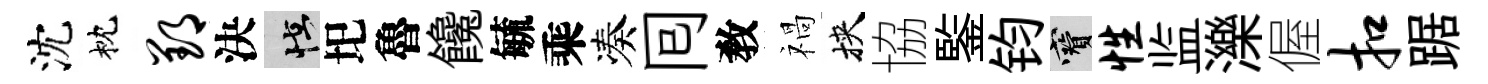
沈枕郢決怪圯魯饞毓乘凑囘敎禍挾協鍳钧寶性监濼偓扣踞